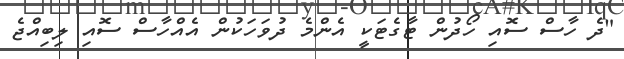
"ދެ ހާސް ސޮއި ހޯދުން ޓާގެޓަކީ އެންމެ ދުވަހަކުން އެއްހާސް ސޮއި ލިބިއްޖެ